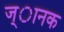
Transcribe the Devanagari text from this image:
ज्ानक